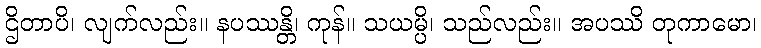
ဌိတာပိ၊ လျက်လည်း။ နပဿန္တိ၊ ကုန်။ သယမ္ပိ၊ သည်လည်း။ အပဿိ တုကာမော၊